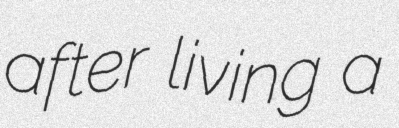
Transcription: after living a